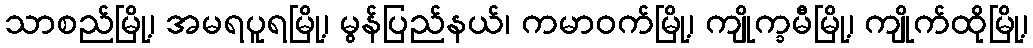
သာစည်မြို့၊ အမရပူရမြို့၊ မွန်ပြည်နယ်၊ ကမာဝက်မြို့၊ ကျိုက္ခမီမြို့၊ ကျိုက်ထိုမြို့၊